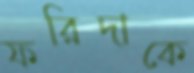
ফরিদাকে